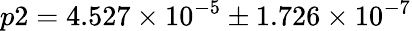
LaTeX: p2=4.527\times 10^{-5}\pm 1.726\times 10^{-7}